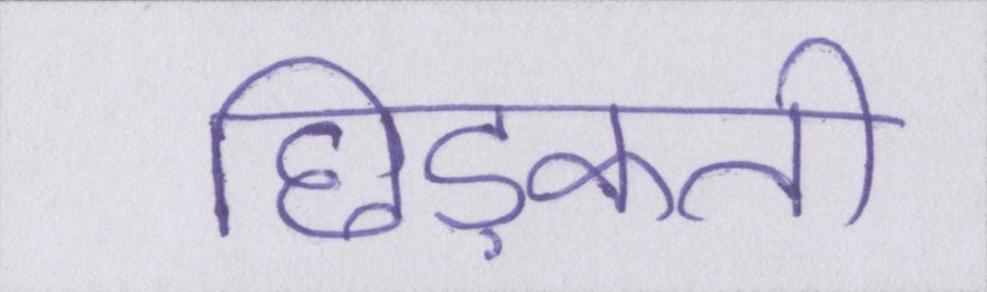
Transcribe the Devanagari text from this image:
छिड़कती